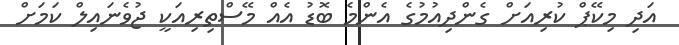
އަދި މިކޭޕް ކުރިއަށް ގެންދިއުމުގެ އެންމެ ބޮޑު އެއް މޭސްތިރިއަކީ ޖުވެނައިލް ކަމަށް